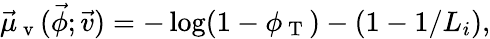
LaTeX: \vec{\mu}_{\mathrm{~v~}}(\vec{\phi};\vec{v})=-\log(1-\phi_{\mathrm{~T~}})-(1-1/L_{i}),